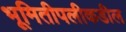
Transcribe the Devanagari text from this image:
भूमितीपलीकडील